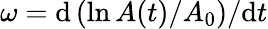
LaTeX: \omega=\mathrm{d}\left(\ln{A(t)}/{A_{0}}\right)/\mathrm{d}t